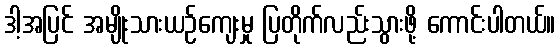
ဒါ့အပြင် အမျိုးသားယဉ်ကျေးမှု ပြတိုက်လည်းသွားဖို့ ကောင်းပါတယ်။